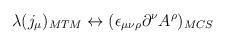
LaTeX: \begin{align*}\lambda(j_{\mu})_{MTM} \leftrightarrow(\epsilon_{\mu\nu\rho}\partial^{\nu}A^{\rho})_{MCS}\end{align*}